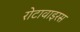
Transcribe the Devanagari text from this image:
रोटावाइरस